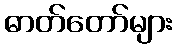
ဓာတ်တော်များ